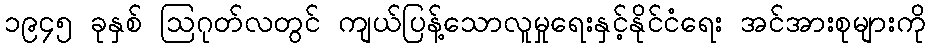
၁၉၄၅ ခုနှစ် ဩဂုတ်လတွင် ကျယ်ပြန့်သောလူမှုရေးနှင့်နိုင်ငံရေး အင်အားစုများကို